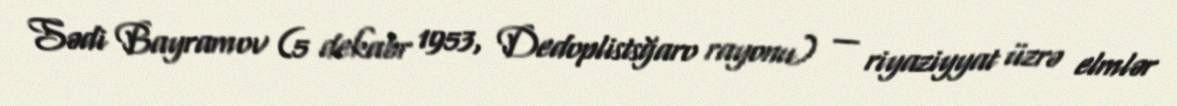
Sədi Bayramov (5 dekabr 1953, Dedoplistsğaro rayonu) — riyaziyyat üzrə elmlər